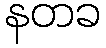
နတခ